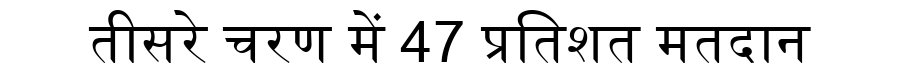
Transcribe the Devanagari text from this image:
तीसरे चरण में 47 प्रतिशत मतदान